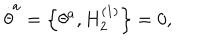
LaTeX: \stackrel { . } { \theta } ^ { a } = \left\{ \theta ^ { a } , H _ { 2 } ^ { \left( 1 \right) } \right\} = 0 ,